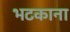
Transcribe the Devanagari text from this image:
भटकाना